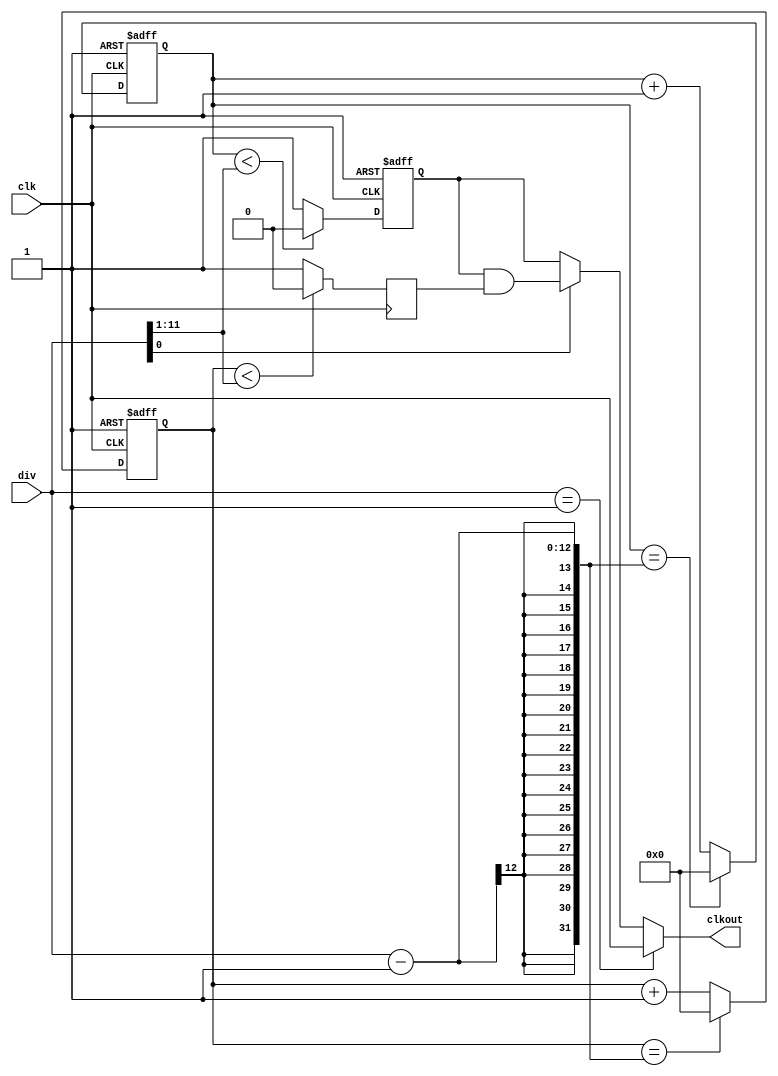
module clkdiv (	
input clk,
input [11:0]div,
output clkout
);
    wire rst_n=1'd1;
 
	reg 	[11:0]	cnt_p,cnt_n;     //cnt_pcnt_n
	reg			clk_p,clk_n;     //clk_pclk_n
 
	//
	always @ (posedge clk or negedge rst_n )         //posedgenegedgeverilog
                                                         //clkrst_nalways
		begin
			if(!rst_n)
				cnt_p<=0;
			else if (cnt_p==(div-1))
				cnt_p<=0;
			else cnt_p<=cnt_p+1'd1;             //N-1N
		end
 
         //,N50%N50%
         always @ (posedge clk or negedge rst_n)
		begin
			if(!rst_n)
				clk_p<=0;
			else if (cnt_p<(div>>1))          //div>>12
				clk_p<=0;
			else 
				clk_p<=1;               //clk
		end
 
        //        	
	always @ (negedge clk or negedge rst_n)
		begin
			if(!rst_n)
				cnt_n<=0;
			else if (cnt_n==(div-1))
				cnt_n<=0;
			else cnt_n<=cnt_n+1'd1;
		end
 
        //clk_p
	always @ (negedge clk)
		begin
			if(!rst_n)
				clk_n<=0;
			else if (cnt_n<(div>>1))  
				clk_n<=0;
			else 
				clk_n<=1;                //clk
		end
 
        assign clkout = (div==12'd1)?clk:(div[0])?(clk_p&clk_n):clk_p;      //
                                                                    //N=1clk
                                                                    //NN0N0=0clk_p
                                                                    //NN1N0=1clk_p&clk_n
endmodule